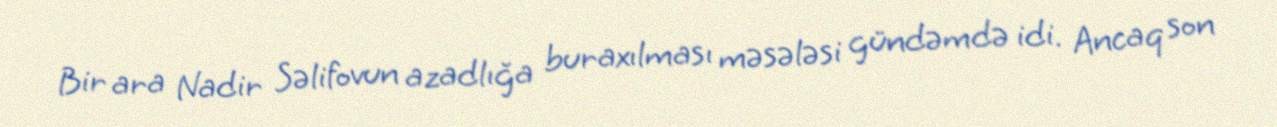
Bir ara Nadir Səlifovun azadlığa buraxılması məsələsi gündəmdə idi. Ancaq son